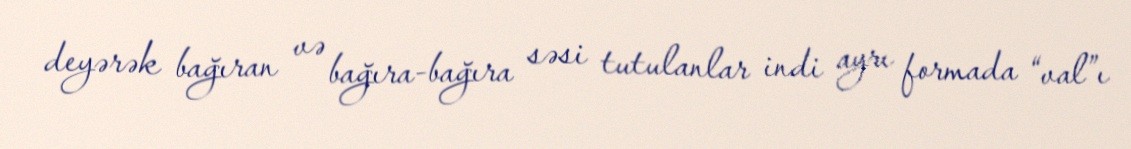
deyərək bağıran və bağıra-bağıra səsi tutulanlar indi ayrı formada “val”ı